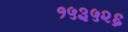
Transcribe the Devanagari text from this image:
१५३५२६